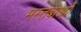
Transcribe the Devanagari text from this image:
मस्तबाओं